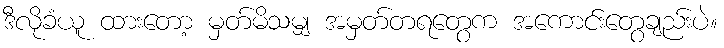
ဒီလိုခံယူ ထားတော့ မှတ်မိသမျှ အမှတ်တရတွေက အကောင်းတွေချည်းပဲ။